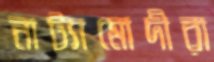
নাট্যামোদীরা